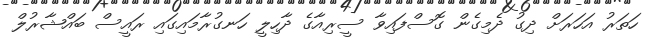
ހަތަރު އަހަރަށް ދިގު ދެމިގެން ގޮސްފައިވާ ސީރިއާގެ ދާހިލީ ހަނގުރާމައިގައި ރައީސް ބައްޝާރުލް